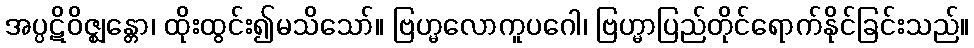
အပ္ပဋိဝိဇ္ဈန္တော၊ ထိုးထွင်း၍မသိသော်။ ဗြဟ္မလောကူပဂေါ၊ ဗြဟ္မာပြည်တိုင်ရောက်နိုင်ခြင်းသည်။